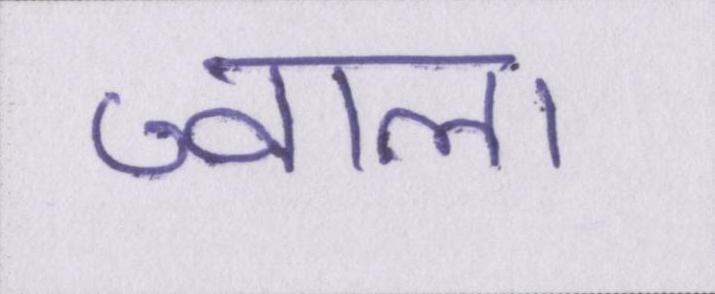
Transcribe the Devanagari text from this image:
ज्वाला